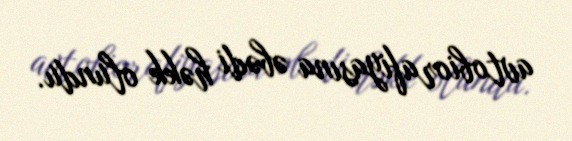
avtobiorafiyasına əbədi həkk olundu.